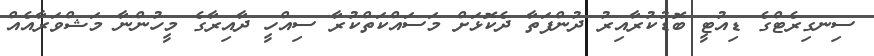
ސިނގިރެޓްގެ ޑިއުޓީ ބޮޑުކުރާއިރު ދުންފަތާ ދެކޮޅަށް މަސައްކަތްކުރާ ސިއްހީ ދާއިރާގެ މީހުންނާ މަޝްވަރާއެއް